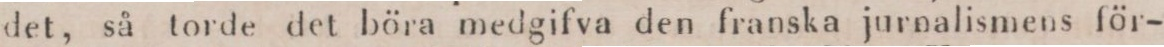
det, så torde det böra medgifva den franska jurnalismens för-